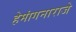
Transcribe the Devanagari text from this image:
हेमांगनाराजे